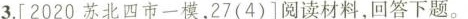
3.[2020苏北四市一模，27(4)]阅读材料，回答下题。